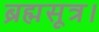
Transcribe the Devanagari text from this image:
ब्रह्मसूत्र।